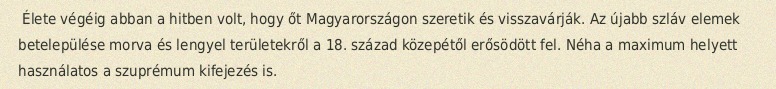
Élete végéig abban a hitben volt, hogy őt Magyarországon szeretik és visszavárják. Az újabb szláv elemek betelepülése morva és lengyel területekről a 18. század közepétől erősödött fel. Néha a maximum helyett használatos a szuprémum kifejezés is.